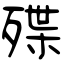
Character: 殜